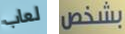
لعاب بشخص